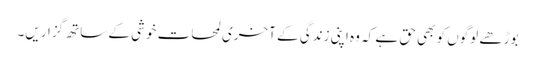
بوڑھے لوگوں کو بھی حق ہے کہ وہ اپنی زندگی کے آخری لمحات خوشی کے ساتھ گزاریں۔